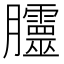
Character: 𭩗